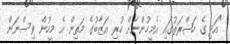
"އަދި ގެ ހަޟްރަތުގައި އެމީހުންނަށް ހުރި އަޒާބުގެ މަތިން އެ މީހުން ވިސްނަން